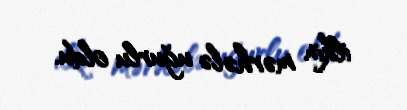
ilkin mərhələ uğurlu oldu.